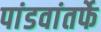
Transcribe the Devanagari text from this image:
पांडवांतर्फे